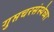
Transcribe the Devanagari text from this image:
गुप्तचरसंस्थेच्या